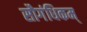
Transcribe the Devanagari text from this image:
सौगंधिकम्